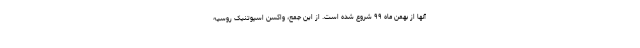
آنها از بهمن ماه ۹۹ شروع شده است. از این جمع، واکسن اسپوتنیک روسیه